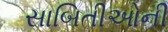
સાબિતીઓની